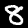
Digit: 8